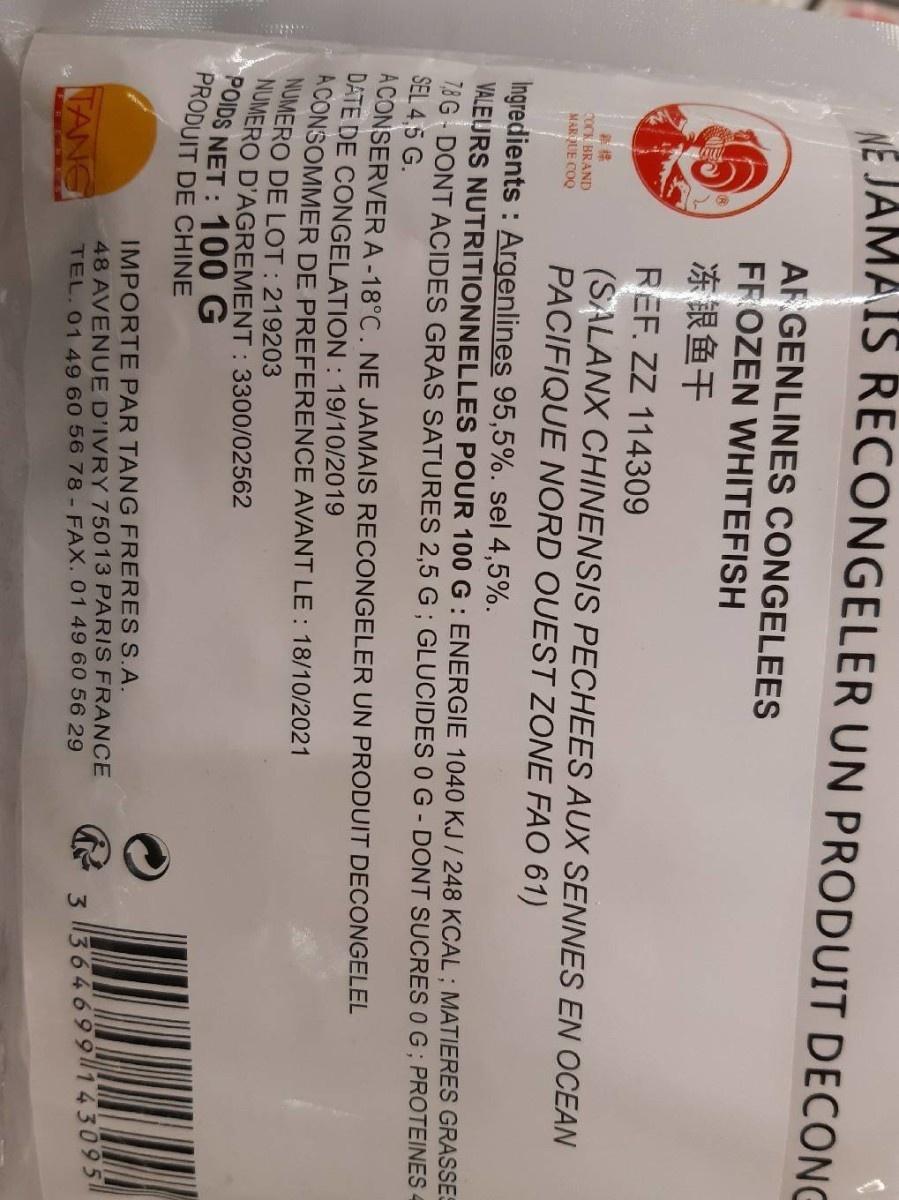
NE JAMAIS RECONGELER UN PRODUIT DECONG
ARGENLINES CONGELEES
FROZEN WHITEFISH
冻银鱼干
REF. ZZ 114309
新標
COCK BRAND
(SALANX CHINENSIS PECHEES AUX SENNES EN OCEAN PACIFIQUE NORD OUEST ZONE FAO 61)
MARQUE COQ
Ingredients: Argenlines 95,5%. sel 4,5%.
VALEURS NUTRITIONNELLES POUR 100 G: ENERGIE 1040 KJ/ 248 KCAL; MATIERES GRASSES 7,8 G-DONT ACIDES GRAS SATURES 2,5 G; GLUCIDES 0 G - DONT SUCRES 0 G; PROTEINES SEL 4,5 G.
A CONSERVER A-18°C. NE JAMAIS RECONGELER UN PRODUIT DECONGELEL
DATE DE CONGELATION: 19/10/2019
ACONSOMMER DE PREFERENCE AVANT LE : 18/10/2021
NUMERO DE LOT: 219203
NUMERO D'AGREMENT: 3300/02562
POIDS NET: 100 G PRODUIT DE CHINE
IMPORTE PAR TANG FRERES S.A.
3364699143095
ΤΑΝΕΙ
48 AVENUE D'IVRY 75013 PARIS FRANCE TEL. 01 49 60 56 78 - FAX. 01 49 60 56 29